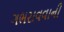
ગભરાવવાની